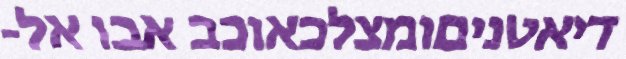
דיאטניםומצלכאוכב אבו אל-